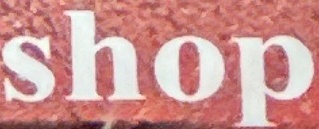
shop